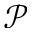
\mathcal { P }